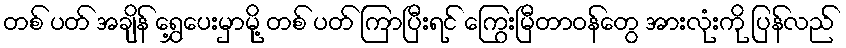
တစ် ပတ် အချိန် ရွှေ့ပေးမှာမို့ တစ် ပတ် ကြာပြီးရင် ကြွေးမြီတာဝန်တွေ အားလုံးကို ပြန်လည်